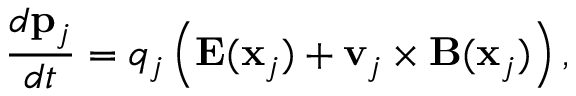
\frac { d \mathbf { p } _ { j } } { d t } = q _ { j } \left( \mathbf { E } ( \mathbf { x } _ { j } ) + \mathbf { v } _ { j } \times \mathbf { B } ( \mathbf { x } _ { j } ) \right) ,